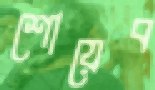
শোয়েব